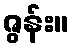
ဇွန်း။